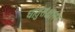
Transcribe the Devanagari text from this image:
धातुसंक्षारण